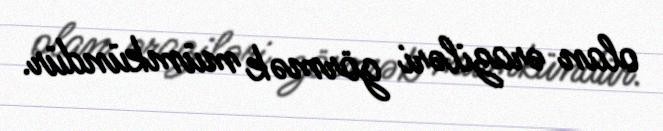
olan əraziləri görmək mümkündür.